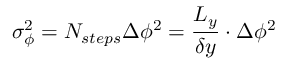
\sigma _ { \phi } ^ { 2 } = N _ { s t e p s } \Delta \phi ^ { 2 } = \frac { L _ { y } } { \delta y } \cdot \Delta \phi ^ { 2 }